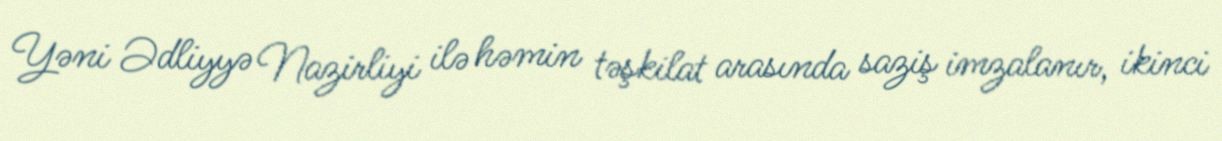
Yəni Ədliyyə Nazirliyi ilə həmin təşkilat arasında saziş imzalanır, ikinci